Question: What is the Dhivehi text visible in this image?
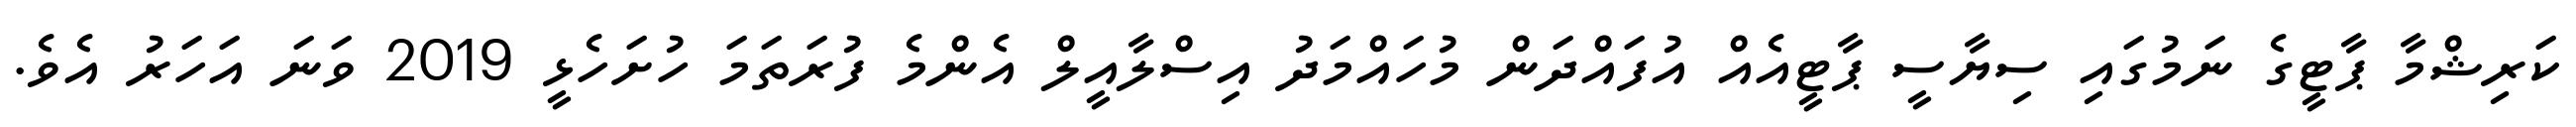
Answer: ކަރިޝްމާ ޕާޓީގެ ނަމުގައި ސިޔާސީ ޕާޓީއެއް އުފައްދަން މުހައްމަދު އިސްލާއީލް އެންމެ ފުރަތަމަ ހުށަހެޅީ 2019 ވަނަ އަހަރު އެވެ.